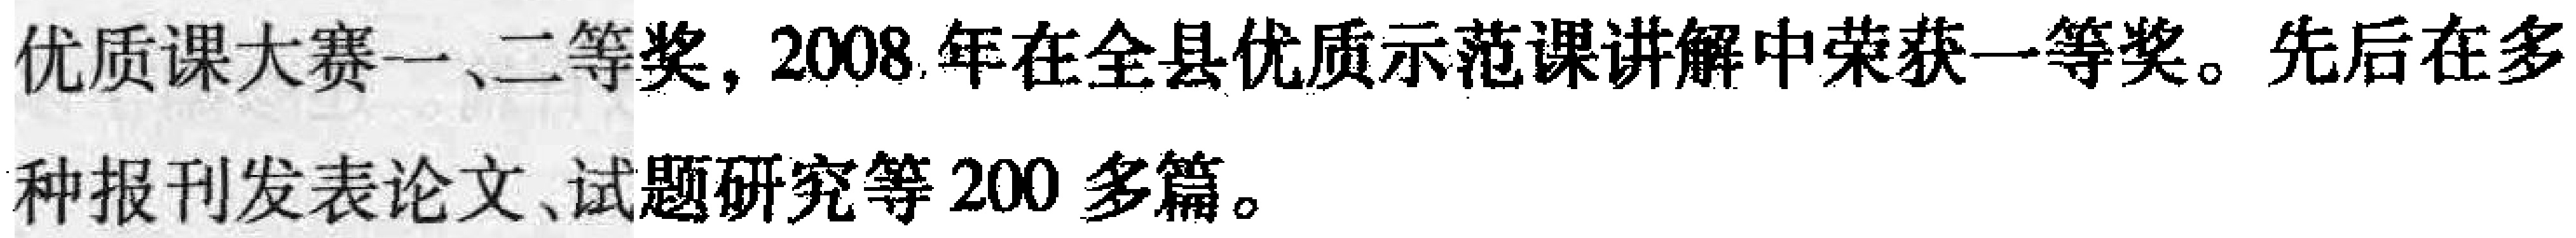
优质课大赛一、二等奖, 2008 年在全县优质示范课讲解中荣获一等奖。先后在多种报刊发表论文、试题研究等 200 多篇。